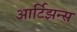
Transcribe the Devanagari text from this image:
आर्टिझन्स